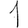
Digit: 1